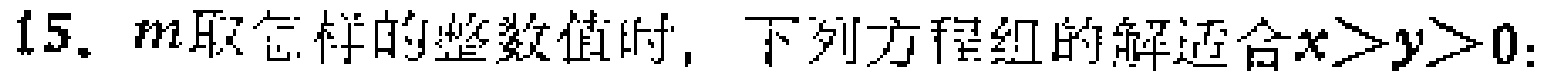
15. $m$取怎样的整数值时，下列方程组的解适合$x > y > 0$：